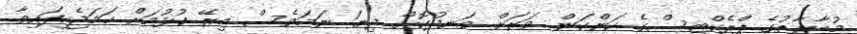
މުބާރާތުގެ ޕްރެކްޓިސްގެ ކަންކަން ވަރަށް ވަނދުކޮށް ދިޔަ ނަމަވެސް މިރޭ ކުޅުމަށް ހަމަޖެހިފައިވާ